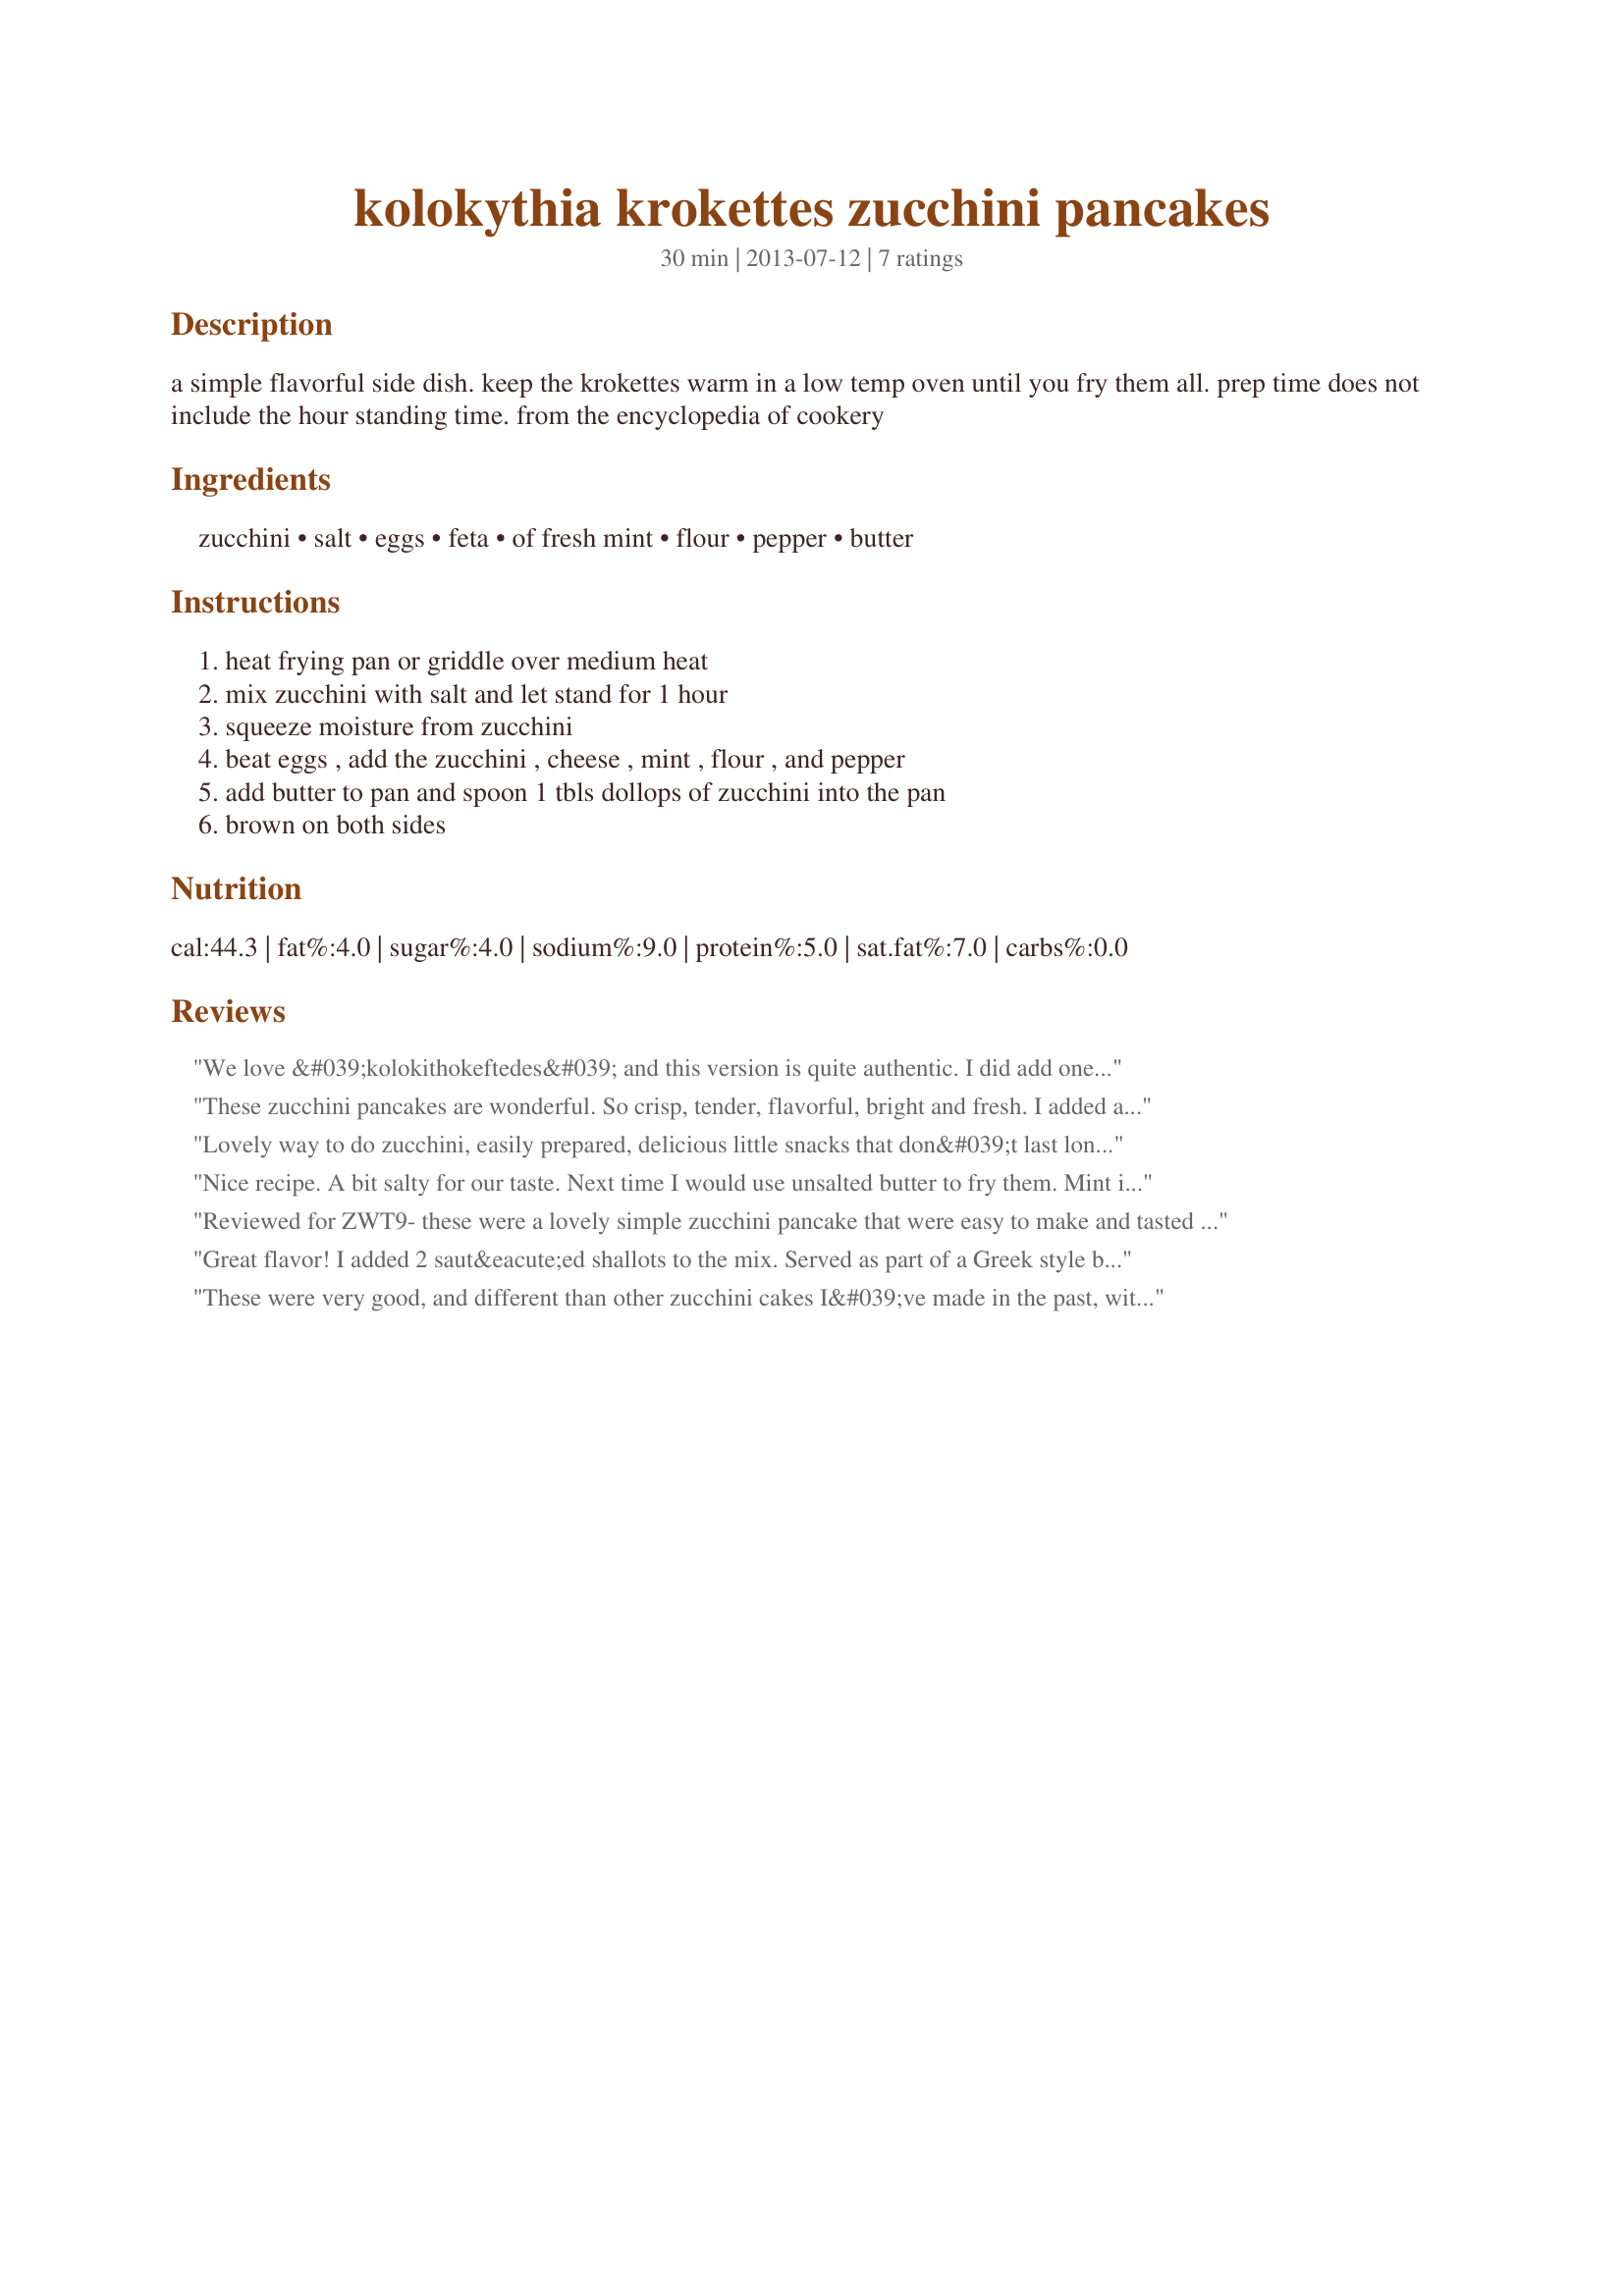
kolokythia krokettes zucchini pancakes
Preparation time: 30 minutes

a simple flavorful side dish. keep the krokettes warm in a low temp oven until you fry them all. prep time does not include the hour standing time. from the encyclopedia of cookery

Ingredients:
zucchini, salt, eggs, feta, of fresh mint, flour, pepper, butter

Steps:
heat frying pan or griddle over medium heat, mix zucchini with salt and let stand for 1 hour, squeeze moisture from zucchini, beat eggs , add the zucchini , cheese , mint , flour , and pepper, add butter to pan and spoon 1 tbls dollops of zucchini into the pan, brown on both sides

Reviews:
We love &#039;kolokithokeftedes&#039; and this version is quite authentic. I did add one small, finely-minced onion to the mixture. The feta and mint make it uniquely greek and so good. Also served with tzatziki to scoop on or dip into.
These zucchini pancakes are wonderful. So crisp, tender, flavorful, bright and fresh. I added a little minced onion to the mix. All the flavors really popped. I garnished these tasty treats with thick Greek yogurt and freshly ground black pepper, Quick and really easy to make. Loved the fresh mint in these pancakes. Made for ZWT9.
Lovely way to do zucchini, easily prepared, delicious little snacks that don&#039;t last long!!! Thank you momaphet, made and enjoyed for ZWT9, Panthers On the Prowl.
Nice recipe. A bit salty for our taste. Next time I would use unsalted butter to fry them. Mint is very subtle. Thank you for sharing.
Reviewed for ZWT9- these were a lovely simple zucchini pancake that were easy to make and tasted great. I enjoyed the feta and mint combo. Served with recipe#472507 for a lovely Greek style vege lunch. Photo also to be posted
Great flavor! I added 2 saut&eacute;ed shallots to the mix. Served as part of a Greek style buffet, with a dollop of tzaziki on top. They were all eaten up quick. Thanks for the recipe.
These were very good, and different than other zucchini cakes I&#039;ve made in the past, with the addition of the feta cheese. Feta is a strong cheese, and I only had 1/2 cup package, so I used that, and found it to be enough. Anymore would have been overpowering to me, but then that&#039;s just me. We loved the yummy browned butter taste, and the texture was perfect. This was an easy recipe, and they only took a couple minutes per side to brown perfectly. ZWT9
